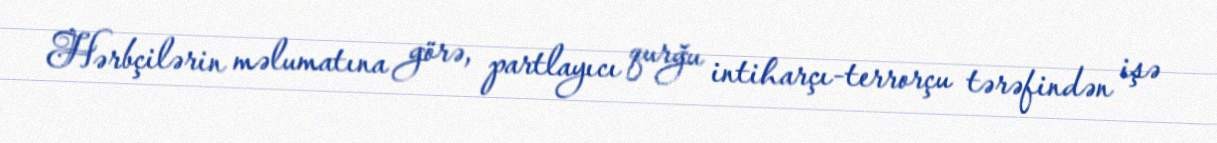
Hərbçilərin məlumatına görə, partlayıcı qurğu intiharçı-terrorçu tərəfindən işə